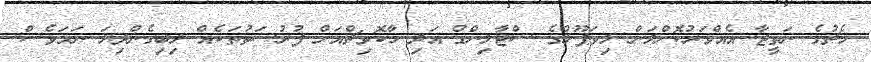
މެޗުގެ ނަތީޖާ އެއްވަރުކޮށްލަން ލިވަޕޫލްގެ ސްޓާލިންގް އަދި މާކޮވިޗްއަށް ފުރުސަތުތަކެއް ލިބިގެންދިޔަ ނަމަވެސް